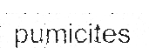
pumicites